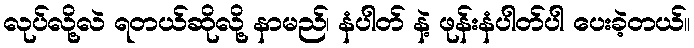
လုပ်လို့လဲ ရတယ်ဆိုလို့ နာမည်၊ နံပါတ် နဲ့ ဖုန်းနံပါတ်ပါ ပေးခဲ့တယ်။